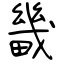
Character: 畿